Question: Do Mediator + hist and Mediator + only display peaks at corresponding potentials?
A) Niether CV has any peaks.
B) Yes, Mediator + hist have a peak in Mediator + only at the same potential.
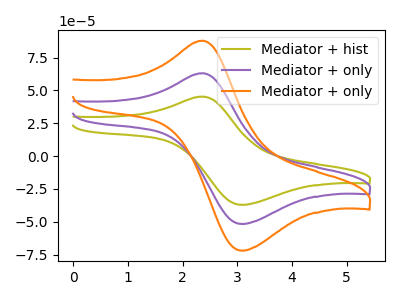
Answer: <think>The olive curve "Mediator + hist" has an anodic peak at (2.40V, 45.30uA) and a cathodic peak at (3.05V, -37.10uA). The purple curve "Mediator + only" has an anodic peak at (2.40V, 63.10uA) and a cathodic peak at (3.05V, -51.70uA). The orange curve "Mediator + only" has an anodic peak at (2.40V, 126.25uA) and a cathodic peak at (3.05V, -103.40uA).</think>
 <answer>B) Yes, "Mediator + hist" have a peak in "Mediator + only" at the same potential.</answer>
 <eval>B</eval>